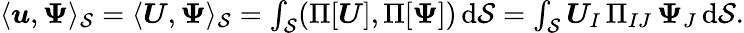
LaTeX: \begin{array}{r}{\langle\boldsymbol{u},\boldsymbol{\Psi}\rangle_{\mathcal{S}}=\langle\boldsymbol{U},\boldsymbol{\Psi}\rangle_{\mathcal{S}}=\int_{\mathcal{S}}(\operatorname{\Pi}[\boldsymbol{U}],\operatorname{\Pi}[\boldsymbol{\Psi}])\, \mathrm{d}\mathcal{S}=\int_{\mathcal{S}}\boldsymbol{U}_{I}\operatorname{\Pi}_{IJ}\boldsymbol{\Psi}_{J}\, \mathrm{d}\mathcal{S}.}\end{array}